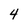
Character: 4